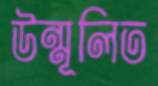
উন্মূলিত